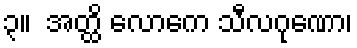
၃။  အတ္ထိ လောကေ သီလဂုဏော၊